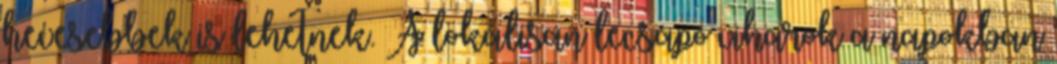
hevesebbek is lehetnek. A lokálisan lecsapó viharok a napokban